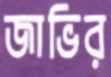
জাভির